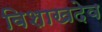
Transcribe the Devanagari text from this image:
विशाखदेव